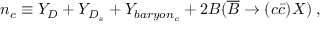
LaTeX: n _ { c } \equiv Y _ { D } + Y _ { D _ { s } } + Y _ { b a r y o n _ { c } } + 2 B ( \overline { { B } } \rightarrow ( c \bar { c } ) X ) \; ,